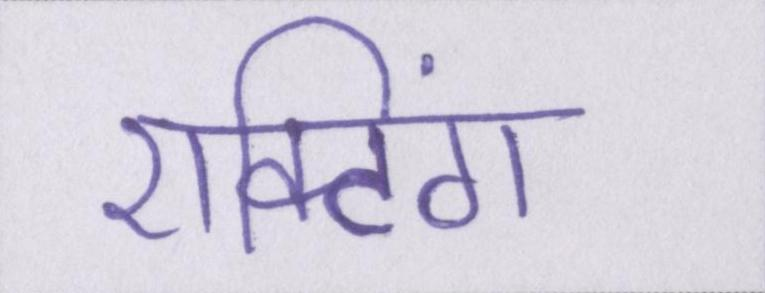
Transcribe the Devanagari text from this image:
एक्टिंग